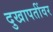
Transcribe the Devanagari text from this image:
दुखापतींवर